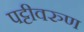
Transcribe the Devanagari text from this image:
पट्टीवरुण